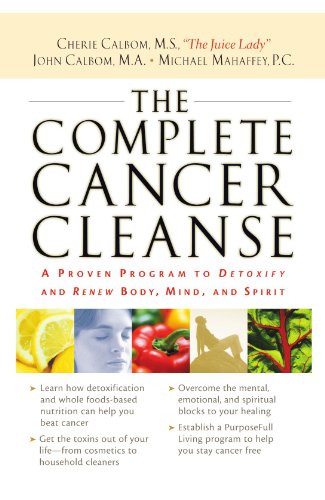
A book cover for The Complete Cancer Cleanse: A Proven Program to Detoxify and Renew Body, Mind, and Spirit; Cherie Calbom; Health, Fitness & Dieting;